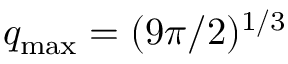
q _ { \mathrm { m a x } } = ( 9 \pi / 2 ) ^ { 1 / 3 }